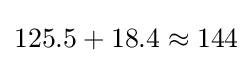
125.5+18.4\approx 144